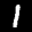
Label: 1